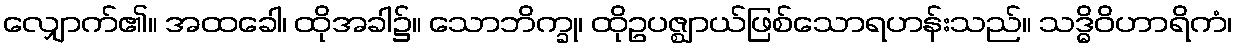
လျှောက်၏။ အထခေါ၊ ထိုအခါ၌။ သောဘိက္ခု၊ ထိုဥပဇ္ဈာယ်ဖြစ်သောရဟန်းသည်။ သဒ္ဓိဝိဟာရိကံ၊